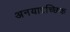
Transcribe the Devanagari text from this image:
अनयादृच्छिक